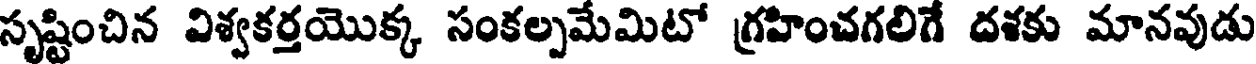
సృష్టించిన విశ్వకర్తయొక్క సంకల్పమేమిటో గ్రహించగలిగే దశకు మానవుడు